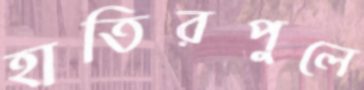
হাতিরপুলে